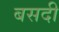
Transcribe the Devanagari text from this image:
बसदी